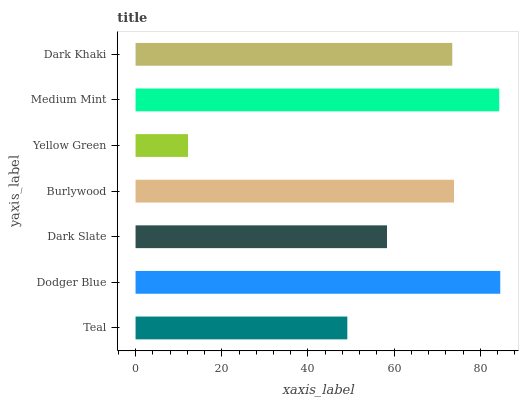
| yaxis_label | bars |
 | --- | --- |
 | Teal | 49.1 |
 | Dodger Blue | 84.6 |
 | Dark Slate | 58.3 |
 | Burlywood | 73.9 |
 | Yellow Green | 12.2 |
 | Medium Mint | 84.4 |
 | Dark Khaki | 73.5 |